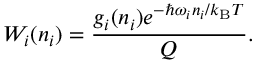
W _ { i } ( n _ { i } ) = \frac { g _ { i } ( n _ { i } ) e ^ { - \hbar \omega _ { i } n _ { i } / k _ { \mathrm { B } } T } } { Q } .